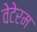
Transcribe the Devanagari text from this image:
वेटेरम